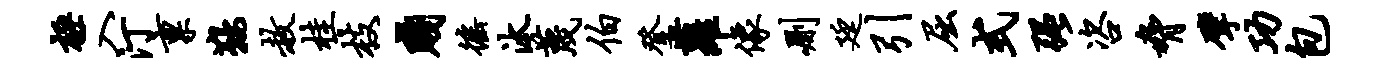
极入汀禀鞍赦桂枝贱徭汰蔑伯登萝像删廷引屈式强咨胁擘功包